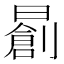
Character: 𣋃